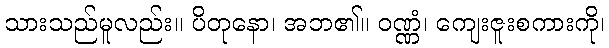
သားသည်မူလည်း။ ပိတုနော၊ အဘ၏။ ဝဏ္ဏံ၊ ကျေးဇူးစကားကို၊